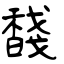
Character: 馢